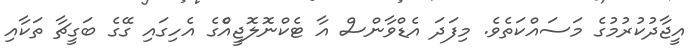
އީޖާދުކުރުމުގެ މަސައްކަތެވެ. މިފަދަ އެޑްވާންސް އާ ޓެކްނޮލޮޖީއެްގެ އެހިގައި ގޭގެ ބަގީޗާ ތަކާއި